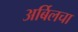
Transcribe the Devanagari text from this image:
अर्बिलचा